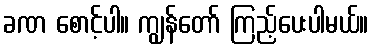
ခဏ စောင့်ပါ။ ကျွန်တော် ကြည့်ပေးပါမယ်။